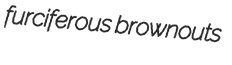
furciferous brownouts